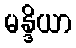
မန္ဒိယာ